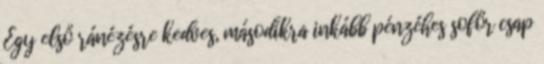
Egy első ránézésre kedves, másodikra inkább pénzéhes sofőr csap